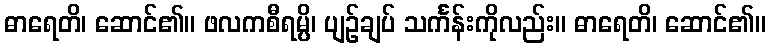
ဓာရေတိ၊ ဆောင်၏။ ဖလကစီရမ္ပိ၊ ပျဉ်ချပ် သင်္ကန်းကိုလည်း။ ဓာရေတိ၊ ဆောင်၏။